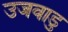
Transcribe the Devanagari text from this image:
उजवाडु